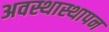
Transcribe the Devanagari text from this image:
अवस्थास्थापन